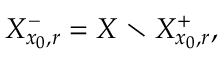
X _ { x _ { 0 } , r } ^ { - } = X \setminus X _ { x _ { 0 } , r } ^ { + } ,